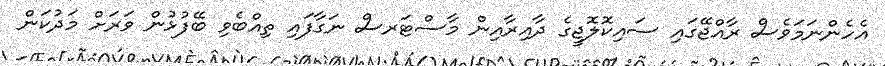
އެހެންނަމަވެސް ރާއްޖޭގައި ސައިކޮލޮޖީގެ ދާއިރާއިން މާސްޓަރސް ނަގާފައި ތިއްބެވި ބޭފުޅުން ވަރަށް މަދުކަން